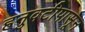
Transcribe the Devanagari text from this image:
हनुवटीपासून